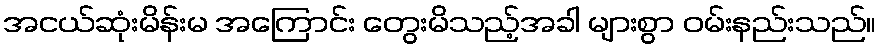
အငယ်ဆုံးမိန်းမ အကြောင်း တွေးမိသည့်အခါ များစွာ ဝမ်းနည်းသည်။